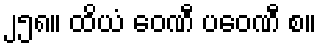
၂၅၈။ ထိယံ ဝေဏီ ပဝေဏီ စ။